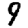
Digit: 9